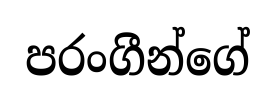
පරංගීන්ගේ